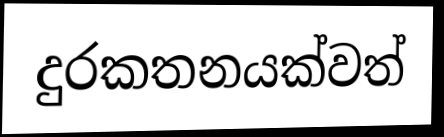
දුරකතනයක්වත්